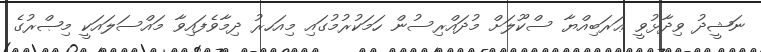
ނަޝީދު ވިދާޅުވީ ޢަރަބިއްޔާ ސްކޫލަށް މުދައްރިސުން ހަމަކުރުމުގައި މިއަހރު ދިމާވެފައިވާ މައްސަލައަކީ މިޞްރުގެ